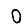
Digit: 0